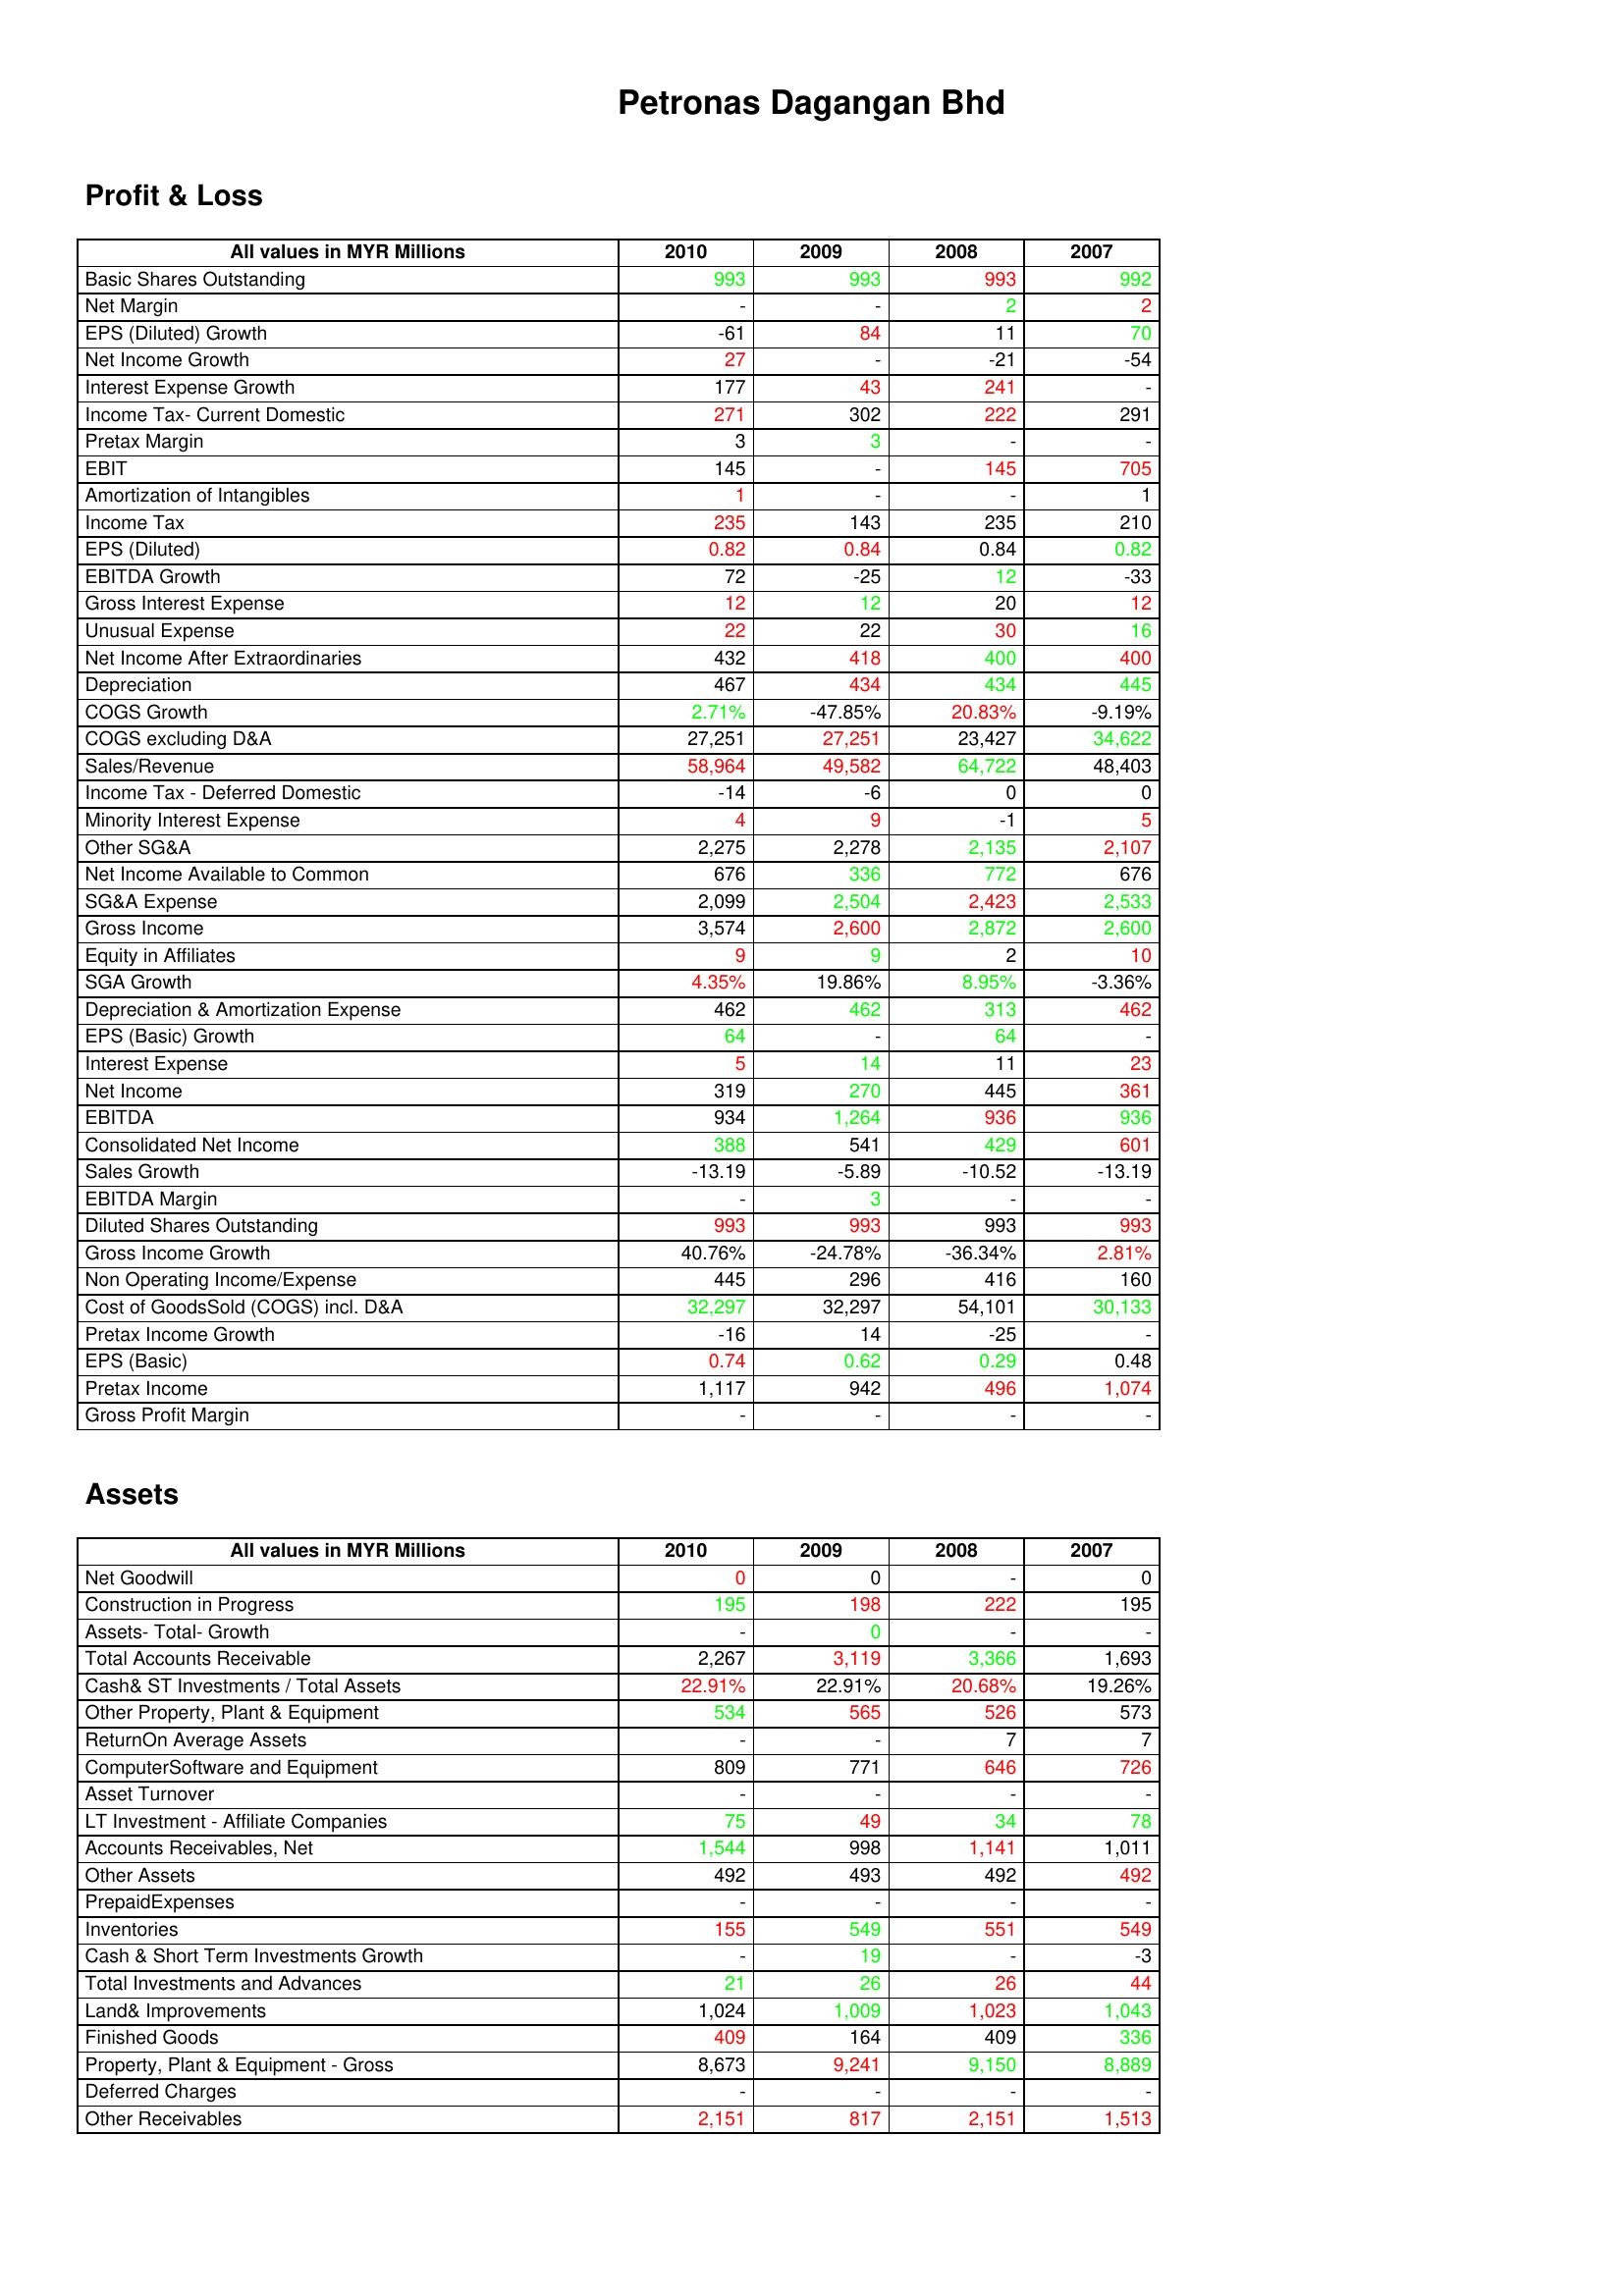
gt_parse: 2010: Profit & Loss: Basic Shares Outstanding: 993
Net Margin: -
EPS (Diluted) Growth: -61
Net Income Growth: 27
Interest Expense Growth: 177
Income Tax- Current Domestic: 271
Pretax Margin: 3
EBIT: 145
Amortization of Intangibles: 1
Income Tax: 235
EPS (Diluted): 0.82
EBITDA Growth: 72
Gross Interest Expense: 12
Unusual Expense: 22
Net Income After Extraordinaries: 432
Depreciation: 467
COGS Growth: 2.71%
COGS excluding D&A: 27,251
Sales/Revenue: 58,964
Income Tax - Deferred Domestic: -14
Minority Interest Expense: 4
Other SG&A: 2,275
Net Income Available to Common: 676
SG&A Expense: 2,099
Gross Income: 3,574
Equity in Affiliates: 9
SGA Growth: 4.35%
Depreciation & Amortization Expense: 462
EPS (Basic) Growth: 64
Interest Expense: 5
Net Income: 319
EBITDA: 934
Consolidated Net Income: 388
Sales Growth: -13.19
EBITDA Margin: -
Diluted Shares Outstanding: 993
Gross Income Growth: 40.76%
Non Operating Income/Expense: 445
Cost of GoodsSold (COGS) incl. D&A: 32,297
Pretax Income Growth: -16
EPS (Basic): 0.74
Pretax Income: 1,117
Gross Profit Margin: -
Assets: Net Goodwill: 0
Construction in Progress: 195
Assets- Total- Growth: -
Total Accounts Receivable: 2,267
Cash& ST Investments / Total Assets: 22.91%
Other Property, Plant & Equipment: 534
ReturnOn Average Assets: -
ComputerSoftware and Equipment: 809
Asset Turnover: -
LT Investment - Affiliate Companies: 75
Accounts Receivables, Net: 1,544
Other Assets: 492
PrepaidExpenses: -
Inventories: 155
Cash & Short Term Investments Growth: -
Total Investments and Advances: 21
Land& Improvements: 1,024
Finished Goods: 409
Property, Plant & Equipment - Gross : 8,673
Deferred Charges: -
Other Receivables: 2,151
2009: Profit & Loss: Basic Shares Outstanding: 993
Net Margin: -
EPS (Diluted) Growth: 84
Net Income Growth: -
Interest Expense Growth: 43
Income Tax- Current Domestic: 302
Pretax Margin: 3
EBIT: -
Amortization of Intangibles: -
Income Tax: 143
EPS (Diluted): 0.84
EBITDA Growth: -25
Gross Interest Expense: 12
Unusual Expense: 22
Net Income After Extraordinaries: 418
Depreciation: 434
COGS Growth: -47.85%
COGS excluding D&A: 27,251
Sales/Revenue: 49,582
Income Tax - Deferred Domestic: -6
Minority Interest Expense: 9
Other SG&A: 2,278
Net Income Available to Common: 336
SG&A Expense: 2,504
Gross Income: 2,600
Equity in Affiliates: 9
SGA Growth: 19.86%
Depreciation & Amortization Expense: 462
EPS (Basic) Growth: -
Interest Expense: 14
Net Income: 270
EBITDA: 1,264
Consolidated Net Income: 541
Sales Growth: -5.89
EBITDA Margin: 3
Diluted Shares Outstanding: 993
Gross Income Growth: -24.78%
Non Operating Income/Expense: 296
Cost of GoodsSold (COGS) incl. D&A: 32,297
Pretax Income Growth: 14
EPS (Basic): 0.62
Pretax Income: 942
Gross Profit Margin: -
Assets: Net Goodwill: 0
Construction in Progress: 198
Assets- Total- Growth: 0
Total Accounts Receivable: 3,119
Cash& ST Investments / Total Assets: 22.91%
Other Property, Plant & Equipment: 565
ReturnOn Average Assets: -
ComputerSoftware and Equipment: 771
Asset Turnover: -
LT Investment - Affiliate Companies: 49
Accounts Receivables, Net: 998
Other Assets: 493
PrepaidExpenses: -
Inventories: 549
Cash & Short Term Investments Growth: 19
Total Investments and Advances: 26
Land& Improvements: 1,009
Finished Goods: 164
Property, Plant & Equipment - Gross : 9,241
Deferred Charges: -
Other Receivables: 817
2008: Profit & Loss: Basic Shares Outstanding: 993
Net Margin: 2
EPS (Diluted) Growth: 11
Net Income Growth: -21
Interest Expense Growth: 241
Income Tax- Current Domestic: 222
Pretax Margin: -
EBIT: 145
Amortization of Intangibles: -
Income Tax: 235
EPS (Diluted): 0.84
EBITDA Growth: 12
Gross Interest Expense: 20
Unusual Expense: 30
Net Income After Extraordinaries: 400
Depreciation: 434
COGS Growth: 20.83%
COGS excluding D&A: 23,427
Sales/Revenue: 64,722
Income Tax - Deferred Domestic: 0
Minority Interest Expense: -1
Other SG&A: 2,135
Net Income Available to Common: 772
SG&A Expense: 2,423
Gross Income: 2,872
Equity in Affiliates: 2
SGA Growth: 8.95%
Depreciation & Amortization Expense: 313
EPS (Basic) Growth: 64
Interest Expense: 11
Net Income: 445
EBITDA: 936
Consolidated Net Income: 429
Sales Growth: -10.52
EBITDA Margin: -
Diluted Shares Outstanding: 993
Gross Income Growth: -36.34%
Non Operating Income/Expense: 416
Cost of GoodsSold (COGS) incl. D&A: 54,101
Pretax Income Growth: -25
EPS (Basic): 0.29
Pretax Income: 496
Gross Profit Margin: -
Assets: Net Goodwill: -
Construction in Progress: 222
Assets- Total- Growth: -
Total Accounts Receivable: 3,366
Cash& ST Investments / Total Assets: 20.68%
Other Property, Plant & Equipment: 526
ReturnOn Average Assets: 7
ComputerSoftware and Equipment: 646
Asset Turnover: -
LT Investment - Affiliate Companies: 34
Accounts Receivables, Net: 1,141
Other Assets: 492
PrepaidExpenses: -
Inventories: 551
Cash & Short Term Investments Growth: -
Total Investments and Advances: 26
Land& Improvements: 1,023
Finished Goods: 409
Property, Plant & Equipment - Gross : 9,150
Deferred Charges: -
Other Receivables: 2,151
2007: Profit & Loss: Basic Shares Outstanding: 992
Net Margin: 2
EPS (Diluted) Growth: 70
Net Income Growth: -54
Interest Expense Growth: -
Income Tax- Current Domestic: 291
Pretax Margin: -
EBIT: 705
Amortization of Intangibles: 1
Income Tax: 210
EPS (Diluted): 0.82
EBITDA Growth: -33
Gross Interest Expense: 12
Unusual Expense: 16
Net Income After Extraordinaries: 400
Depreciation: 445
COGS Growth: -9.19%
COGS excluding D&A: 34,622
Sales/Revenue: 48,403
Income Tax - Deferred Domestic: 0
Minority Interest Expense: 5
Other SG&A: 2,107
Net Income Available to Common: 676
SG&A Expense: 2,533
Gross Income: 2,600
Equity in Affiliates: 10
SGA Growth: -3.36%
Depreciation & Amortization Expense: 462
EPS (Basic) Growth: -
Interest Expense: 23
Net Income: 361
EBITDA: 936
Consolidated Net Income: 601
Sales Growth: -13.19
EBITDA Margin: -
Diluted Shares Outstanding: 993
Gross Income Growth: 2.81%
Non Operating Income/Expense: 160
Cost of GoodsSold (COGS) incl. D&A: 30,133
Pretax Income Growth: -
EPS (Basic): 0.48
Pretax Income: 1,074
Gross Profit Margin: -
Assets: Net Goodwill: 0
Construction in Progress: 195
Assets- Total- Growth: -
Total Accounts Receivable: 1,693
Cash& ST Investments / Total Assets: 19.26%
Other Property, Plant & Equipment: 573
ReturnOn Average Assets: 7
ComputerSoftware and Equipment: 726
Asset Turnover: -
LT Investment - Affiliate Companies: 78
Accounts Receivables, Net: 1,011
Other Assets: 492
PrepaidExpenses: -
Inventories: 549
Cash & Short Term Investments Growth: -3
Total Investments and Advances: 44
Land& Improvements: 1,043
Finished Goods: 336
Property, Plant & Equipment - Gross : 8,889
Deferred Charges: -
Other Receivables: 1,513